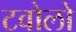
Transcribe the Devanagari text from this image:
टवोलो